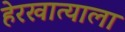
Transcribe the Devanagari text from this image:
हेरखात्याला